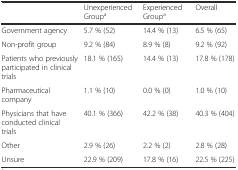
|  | Unexperienced Groupa | Experienced Groupa | Overall |
 | --- | --- | --- | --- |
 | Government agency | 5.7 % (52) | 14.4 % (13) | 6.5 % (65) |
 | Non-profit group | 9.2 % (84) | 8.9 % (8) | 9.2 % (92) |
 | Patients who previously participated in clinical trials | 18.1 % (165) | 14.4 % (13) | 17.8 % (178) |
 | Pharmaceutical company | 1.1 % (10) | 0.0 % (0) | 1.0 % (10) |
 | Physicians that have conducted clinical trials | 40.1 % (366) | 42.2 % (38) | 40.3 % (404) |
 | Other | 2.9 % (26) | 2.2 % (2) | 2.8 % (28) |
 | Unsure | 22.9 % (209) | 17.8 % (16) | 22.5 % (225) |